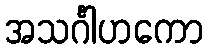
အသင်္ဂါဟကော